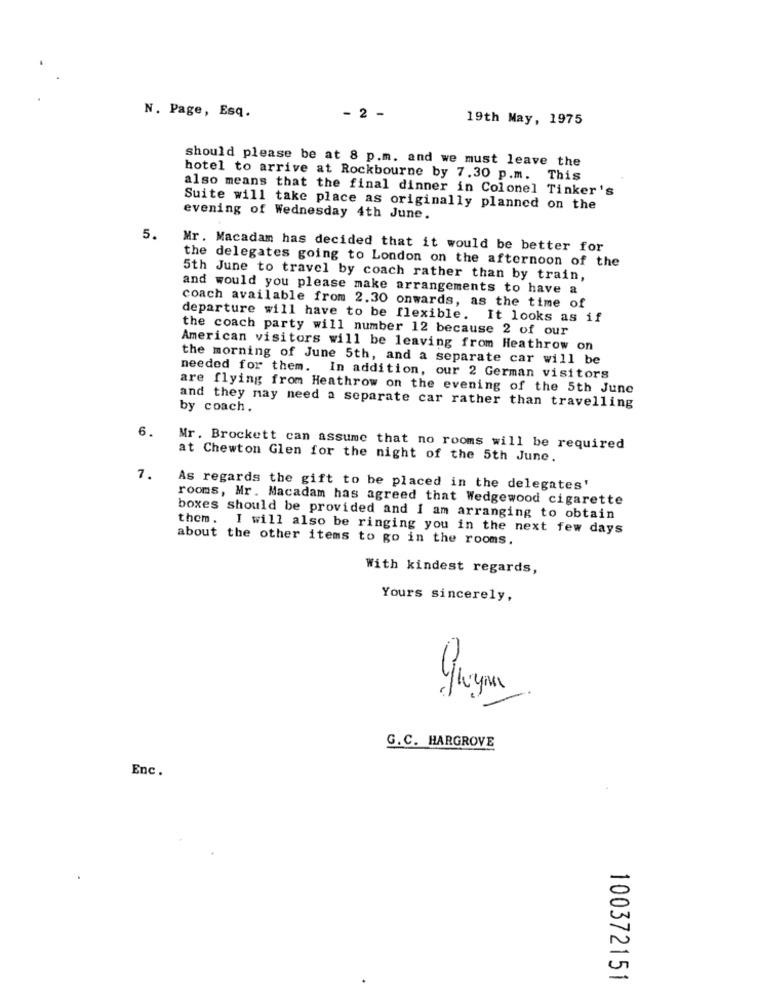
N. Page, Esq.
- 2 -
19th May, 1975
should please be at 8 p.m. and we must leave the
hotel to arrive at Rockbourne by 7.30 p.m. This
also means that the final dinner in Colonel Tinker's
Suite will take place as originally planned on the
evening of Wednesday 4th June.
5.
Mr. Macadam has decided that it would be better for
the delegates going to London on the afternoon of the
5th June to travel by coach rather than by train,
and would you please make arrangements to have a
coach available from 2.30 onwards, as the time of
departure will have to be flexible. It looks as if
the coach party will number 12 because 2 of our
American visitors will be leaving from Heathrow on
the morning of June 5th, and a separate car will be
needed for them. In addition, our 2 German visitors
are flying from Heathrow on the evening of the 5th June
and they may need a separate car rather than travelling
by coach.
6.
Mr. Brockett can assume that no rooms will be required
at Chewton Glen for the night of the 5th June.
7.
As regards the gift to be placed in the delegates'
rooms, Mr. Macadam has agreed that Wedgewood cigarette
boxes should be provided and I am arranging to obtain
them. I will also be ringing you in the next few days
about the other items to go in the rooms.
With kindest regards,
Yours sincerely,
G.C. HARGROVE
Enc.
100372151